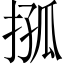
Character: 𢮩